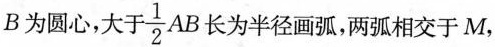
B为圆心，大于\frac{1}{2}AB 长为半径画弧，两弧相交于M，